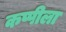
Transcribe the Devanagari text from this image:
कप्पीला